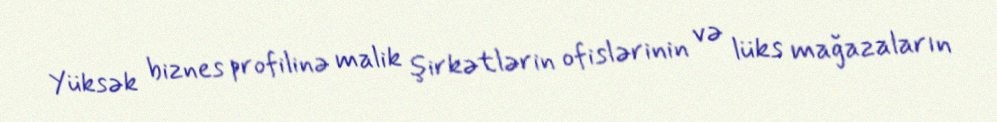
Yüksək biznes profilinə malik şirkətlərin ofislərinin və lüks mağazaların